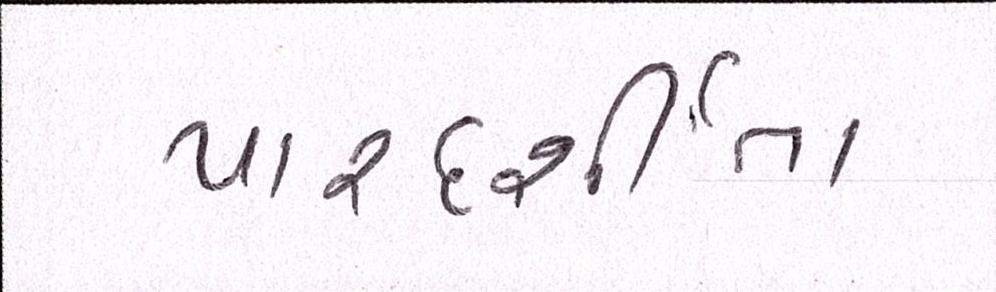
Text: પારદર્શીતા